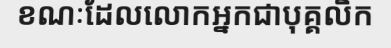
ខណៈដែលលោកអ្នកជាបុគ្គលិក